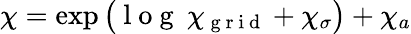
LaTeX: \chi=\exp\big(\mathrm{~l~o~g~}\: \chi_{\mathrm{~g~r~i~d~}}+\chi_{\sigma}\big)+\chi_{a}